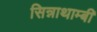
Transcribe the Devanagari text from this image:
सिन्नाथाम्बी